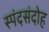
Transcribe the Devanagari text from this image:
स्पंदसंदोह